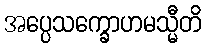
အပ္ပေသက္ခောဟမသ္မီတိ